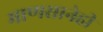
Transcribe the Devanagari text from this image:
माणसानेही